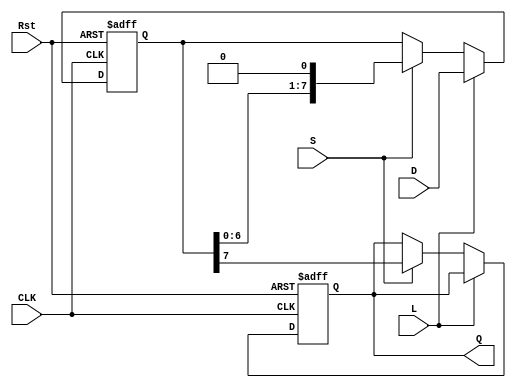
module PISO_Register #(
    parameter WIDTH = 8  // Parameter to define the width of the register
)(
    input wire [WIDTH-1:0] D,   // Parallel data inputs
    input wire L,                // Load control signal
    input wire S,                // Shift control signal
    input wire CLK,              // Clock signal
    input wire Rst,              // Asynchronous reset signal
    output reg Q                 // Serial output
);

    reg [WIDTH-1:0] R;           // Shift register

    always @(posedge CLK or posedge Rst) begin
        if (Rst) begin
            R <= {WIDTH{1'b0}};   // Clear the shift register on reset
            Q <= 1'b0;            // Clear the serial output on reset
        end else begin
            if (L) begin
                R <= D;           // Load parallel data into the shift register
            end else if (S) begin
                Q <= R[WIDTH-1];  // Output the MSB to Q
                R <= {R[WIDTH-2:0], 1'b0}; // Shift right (MSB out, LSB filled with 0)
            end
            // If neither L nor S is asserted, retain the current state
        end
    end

endmodule